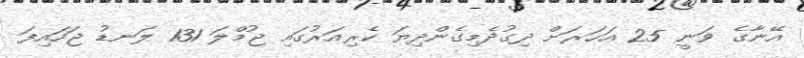
އޭނާގެ ވަނީ 25 އަހަރަށް ދިގުދެމިގެންދިޔަ ކެރިއަރުގައި ޖުމްލަ 131 ލަނޑު ޖަހައިފަ